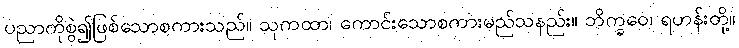
ပညာကိုစွဲ၍ဖြစ်သောစကားသည်။ သုကထာ၊ ကောင်းသောစကားမည်သနည်း။ ဘိက္ခဝေ၊ ရဟန်းတို့။